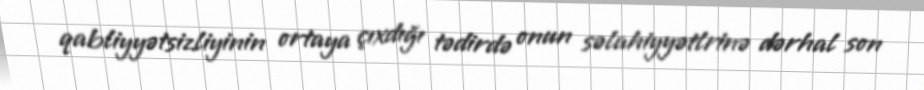
qabliyyətsizliyinin ortaya çıxdığı tədirdə onun səlahiyyətlrinə dərhal son